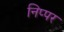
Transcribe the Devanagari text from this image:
निप्पर